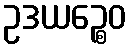
ဥဒယဉ္စေဝ